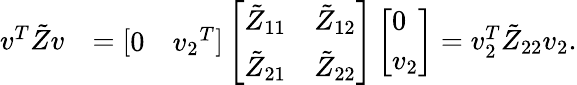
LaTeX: \begin{array}{rl}{{v}^{T}\tilde{Z}{v}}&{=\left[\begin{array}{ll}{0}&{{v_{2}}^{T}}\end{array}\right]\left[\begin{array}{ll}{\tilde{Z}_{11}}&{\tilde{Z}_{12}}\\ {\tilde{Z}_{21}}&{\tilde{Z}_{22}}\end{array}\right]\left[\begin{array}{l}{0}\\ {{v_{2}}}\end{array}\right]={v}_{2}^{T}\tilde{Z}_{22}{v_{2}}.}\end{array}